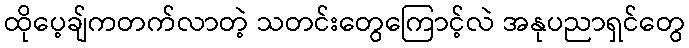
ထိုပေ့ချ်ကတက်လာတဲ့ သတင်းတွေကြောင့်လဲ အနုပညာရှင်တွေ